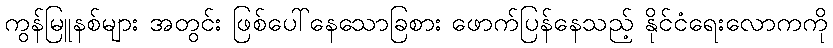
ကွန်မြူနစ်များ အတွင်း ဖြစ်ပေါ်နေသောခြစား ဖောက်ပြန်နေသည့် နိုင်ငံရေးလောကကို